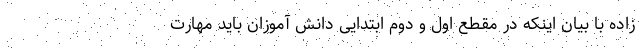
زاده با بیان اینکه در مقطع اول و دوم ابتدایی دانش آموزان باید مهارت